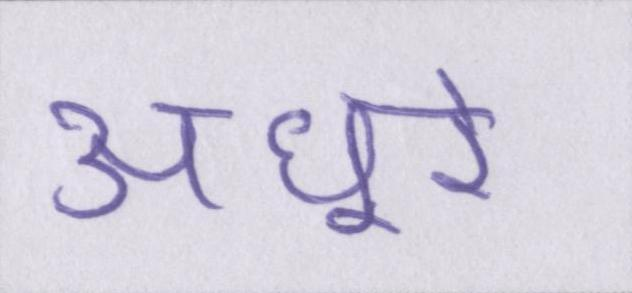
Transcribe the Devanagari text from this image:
अधूरे